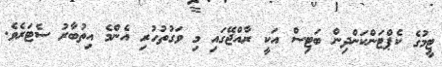
ޓީމުގެ ކެޕްޓަންކަންދިން ބަޓިސް އަކީ ރާއްޖޭގައި މި ވަގުތުހުރި އެންމެ އިތުބާރު ސެޓަރެވެ.